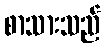
စာသားသည်